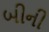
બીની